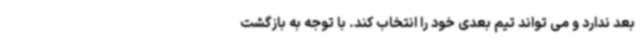
بعد ندارد و می تواند تیم بعدی خود را انتخاب کند. با توجه به بازگشت